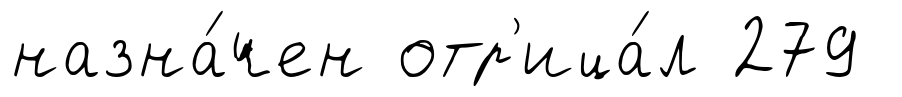
назна́чен отр'ица́л 279